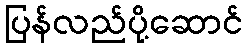
ပြန်လည်ပို့ဆောင်